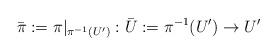
LaTeX: \begin{align*}\bar{\pi}:=\pi|_{\pi^{-1}(U')}:\bar{U}:=\pi^{-1}(U')\to U'\end{align*}